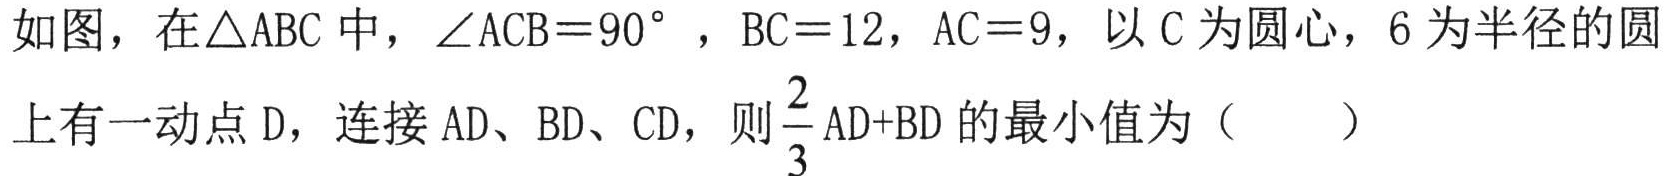
如图，在\(\triangle ABC\)中，\(\angle ACB = 90^{\circ}\) ，\(BC = 12\)，\(AC = 9\)，以 \(C\)为圆心，\(6\)为半径的圆上有一动点 \(D\)，连接 \(AD\)、\(BD\)、\(CD\)，则\(\dfrac{2}{3}AD + BD\)的最小值为（  ）